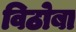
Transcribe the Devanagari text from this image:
विठाेबा